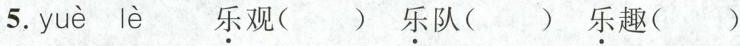
5.yuè lè \underset{·}{乐}观( ) \underset{·}{乐}队( ) \underset{·}{乐}趣( )